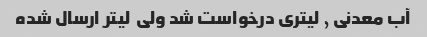
آب معدنی ٫ لیتری درخواست شد ولی  لیتر ارسال شده